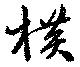
横